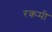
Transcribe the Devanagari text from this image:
रकमी